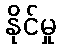
နိုင်မှု